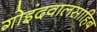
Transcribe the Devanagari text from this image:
गोइंदवालसाहिब